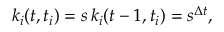
k _ { i } ( t , t _ { i } ) = s \, k _ { i } ( t - 1 , t _ { i } ) = s ^ { \Delta t } ,